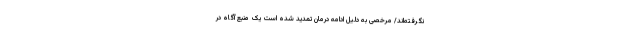
نگرفته‌اند/ مرخصی به دلیل ادامه درمان تمدید شده است یک منبع آگاه در